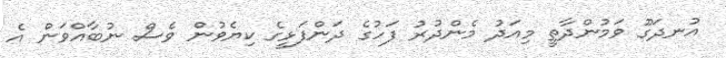
އުނދަގޫ ވަމުންދާތީ މިއަދު މެންދުރު ފަހުގެ ދަންފަޅީގެ ކިޔެވުން ވެސް ނުބާއްވަން އެ